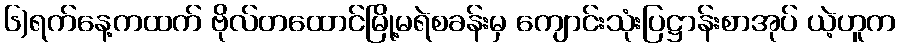
၆)ရက်နေ့ကထက် ဗိုလ်တထောင်မြို့မရဲစခန်းမှ ကျောင်းသုံးပြဋ္ဌာန်းစာအုပ် ယဲ့ဟူက